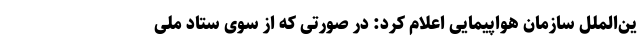
ین‌الملل سازمان هواپیمایی اعلام کرد: در صورتی که از سوی ستاد ملی